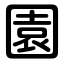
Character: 園